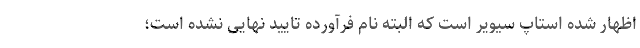
اظهار شده استاپ سیویر است که البته نام فرآورده تایید نهایی نشده است؛